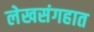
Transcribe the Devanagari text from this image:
लेखसंगहात